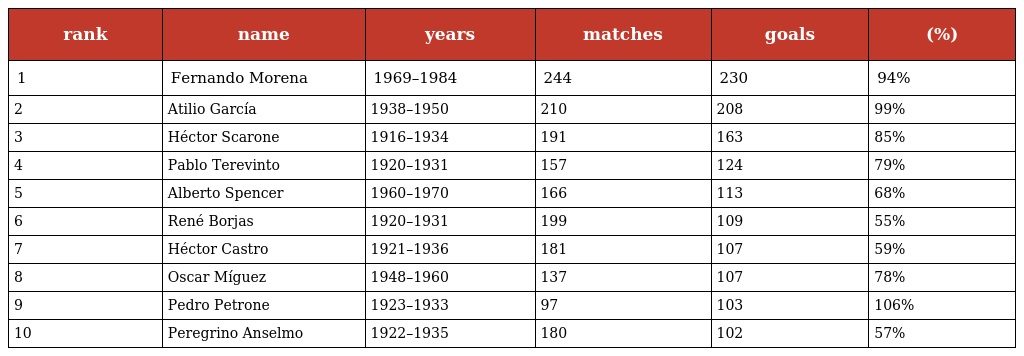
| rank | name | years | matches | goals | (%) |
 | --- | --- | --- | --- | --- | --- |
 | 1 | Fernando Morena | 1969–1984 | 244 | 230 | 94% |
 | 2 | Atilio García | 1938–1950 | 210 | 208 | 99% |
 | 3 | Héctor Scarone | 1916–1934 | 191 | 163 | 85% |
 | 4 | Pablo Terevinto | 1920–1931 | 157 | 124 | 79% |
 | 5 | Alberto Spencer | 1960–1970 | 166 | 113 | 68% |
 | 6 | René Borjas | 1920–1931 | 199 | 109 | 55% |
 | 7 | Héctor Castro | 1921–1936 | 181 | 107 | 59% |
 | 8 | Oscar Míguez | 1948–1960 | 137 | 107 | 78% |
 | 9 | Pedro Petrone | 1923–1933 | 97 | 103 | 106% |
 | 10 | Peregrino Anselmo | 1922–1935 | 180 | 102 | 57% |